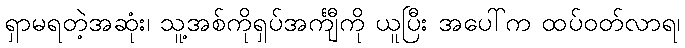
ရှာမရတဲ့အဆုံး၊ သူ့အစ်ကိုရှပ်အင်္ကျီကို ယူပြီး အပေါ်က ထပ်ဝတ်လာရ၊